Schemes for the provision of education (Education (Scotland) Act, 1918, section 6), 1918
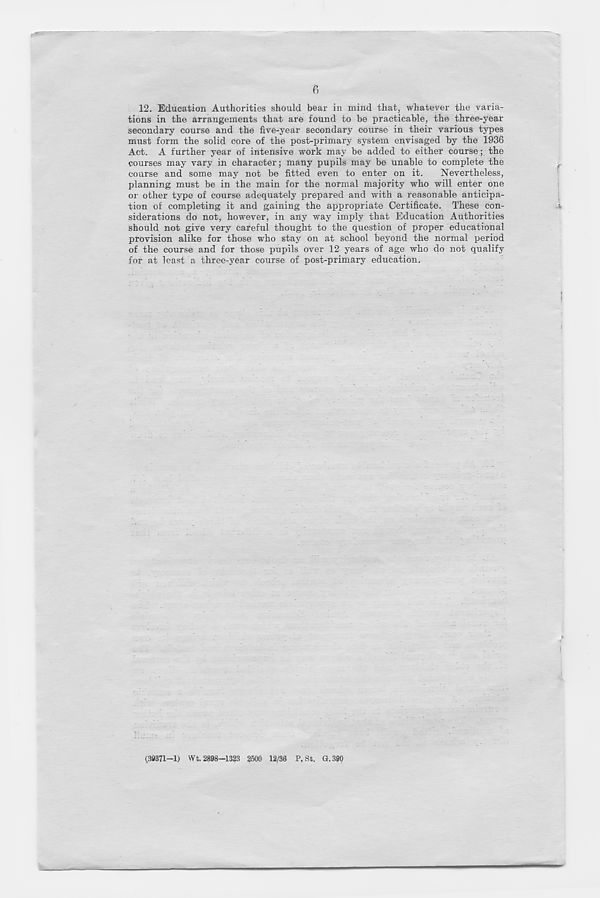
6
12. Education Authorities should bear in mind that, whatever the varia-
tions in the arrangements that are found to he practicable, the three-year
secondary course and the five-year secondary course in their various types
must form the solid core of the post-primary system envisaged by the 1936
Act. A further year of intensive work may he added to either course; the
courses may vary in character; many pupils may be unable to complete the
course and some may not be fitted even to enter on it.
Nevertheless,
planning must be in the main for the normal majority who will enter one
oi other type of course adequately prepared and with a reasonable anticipa-
tion of completing it and gaining the appropriate Certificate. These con-
siderations do not, however, in any way imply that Education Authorities
should not give very careful thought to the question of proper educational
provision alike for those who stay on at school beyond the normal period
of the course and for those pupils over 12 years of age who do not qualify
for at least a three-year course of post-primary education.
(38371—1) Wt. 2898—1323 2500 12/36 P. St. G.390